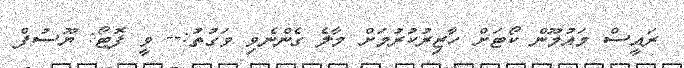
ރައީސް މައުމޫން ކޯޓަށް ހާޒިރުކުރުމަށް މާލެ ގެންނެވި ވަގުތު:-- ވީ ފޮޓޯ: ޔޫސުފް